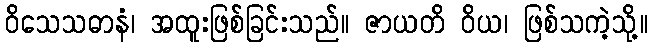
ဝိသေသဓာနံ၊ အထူးဖြစ်ခြင်းသည်။ ဇာယတိ ဝိယ၊ ဖြစ်သကဲ့သို့။